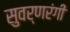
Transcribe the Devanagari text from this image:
सुवर्णरंगी